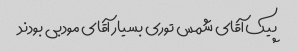
پیک آقای شمس توری بسیار آقای مودبی بودند